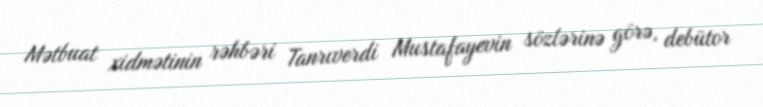
Mətbuat xidmətinin rəhbəri Tanrıverdi Mustafayevin sözlərinə görə, debütor